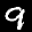
Label: 9